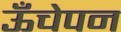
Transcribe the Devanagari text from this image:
ऊँचेपन